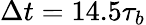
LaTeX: \Delta t=14.5\tau_{b}